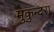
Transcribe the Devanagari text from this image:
मुकुन्दरा